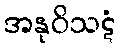
အနုဝိသဋံ